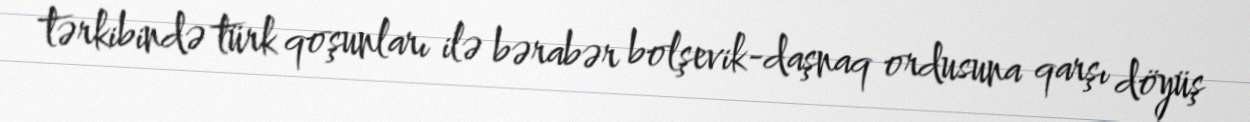
tərkibində türk qoşunları ilə bərabər bolşevik-daşnaq ordusuna qarşı döyüş